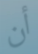
أن